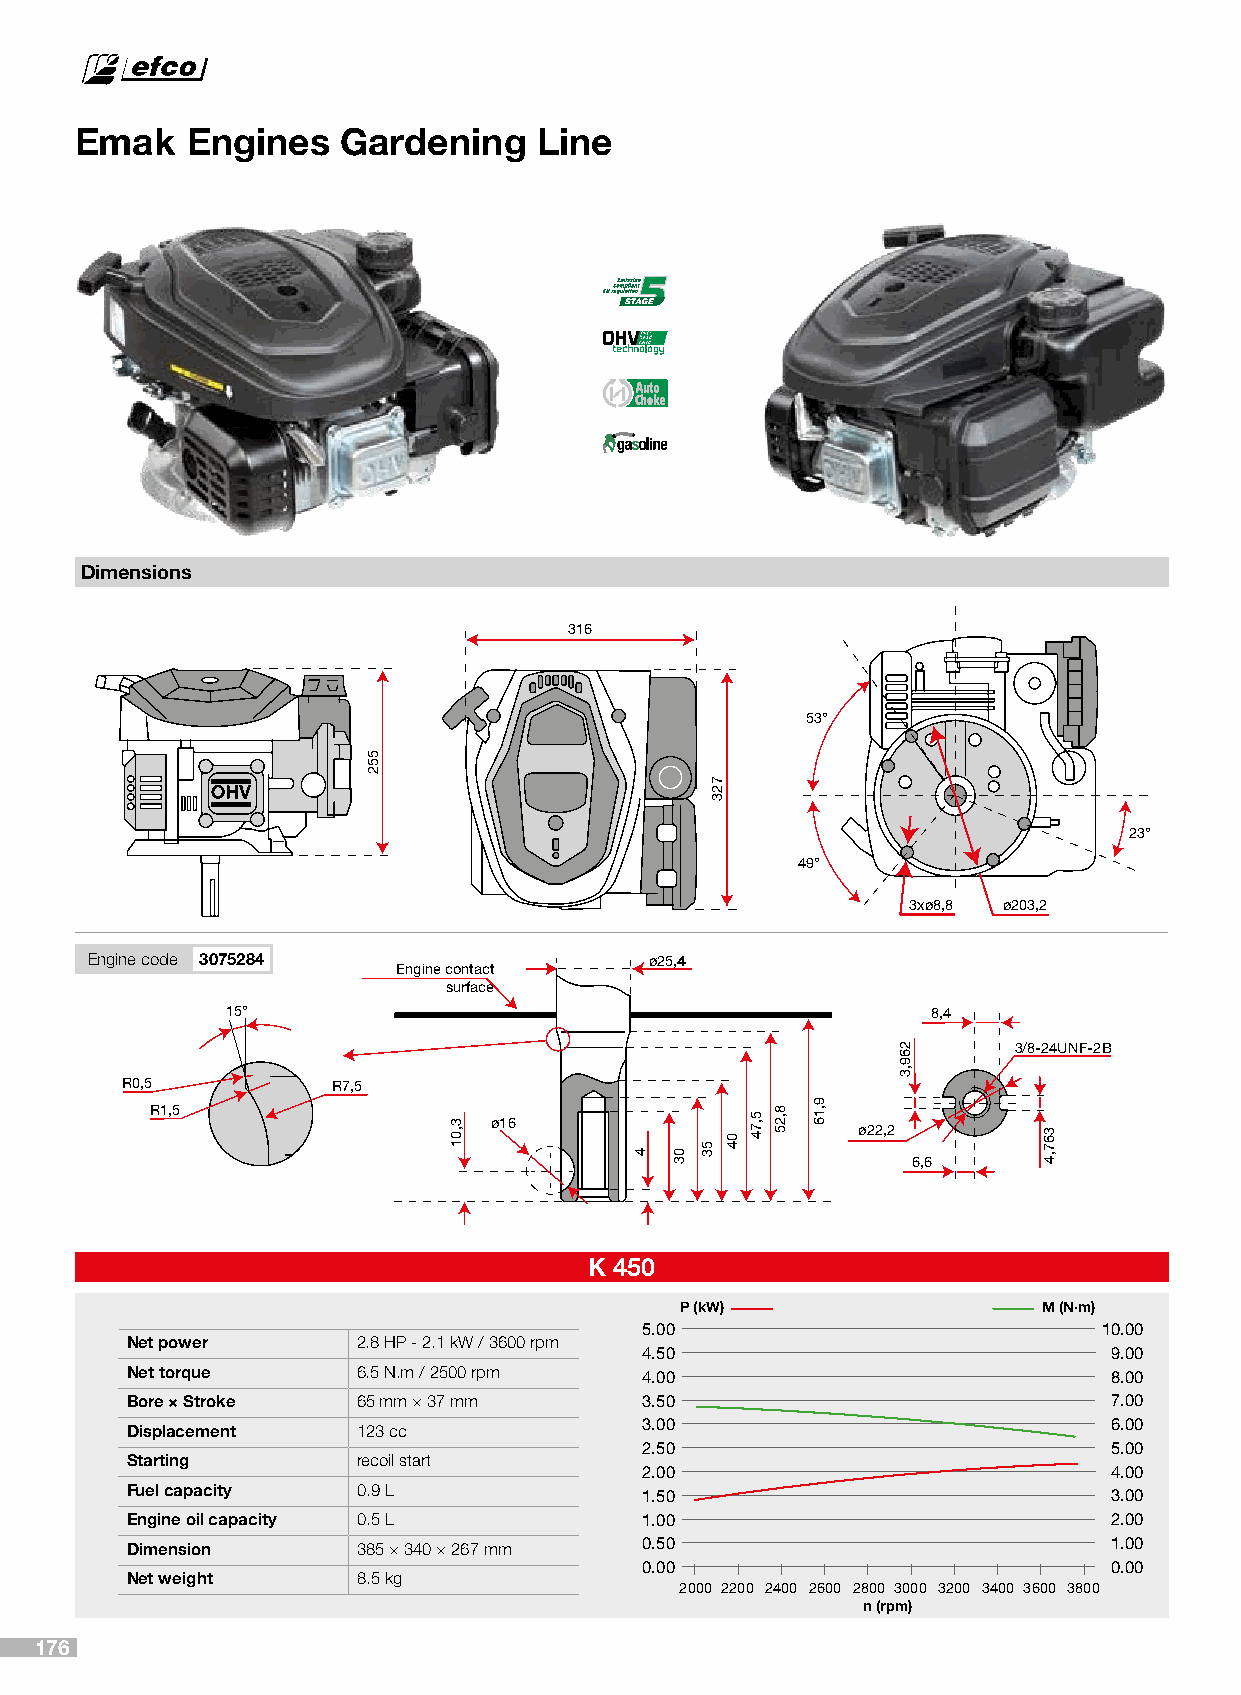
Emak   Engines    Gardening    Line
 Dimensions
 316
 53°
 23°
 49°
 3xø8,8 ø203,2
 Engine code 3075284                  ø25,44
 Engine contact
 surface
 15°                                            8,4
 3/8-24UNF-2B
 R0,5          R7,5
 R1,5                  ø16                      ø22,2
 6,6
 K 450
 P (kW)                  M (N·m)
 5.00                          10.00
 Net power       2.8 HP - 2.1 kW / 3600 rpm
 4.50                          9.00
 Net torque      6.5 N.m / 2500 rpm 4.00                          8.00
 Bore × Stroke   65 mm × 37 mm      3.50                          7.00
 Displacement    123 cc             3.00                          6.00
 2.50                          5.00
 Starting        recoil start
 2.00                          4.00
 Fuel capacity   0.9 L              1.50                          3.00
 Engine oil capacity 0.5 L          1.00                          2.00
 Dimension       385 × 340 × 267 mm 0.50                          1.00
 0.00                          0.00
 Net weight      8.5 kg
 2000 2200 2400 2600 2800 3000 3200 3400 3600 3800
 n (rpm)
 176
 552
 3,01
 4 03
 53
 723
 04 5,74 8,25
 9,16
 269,3
 367,4